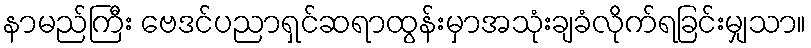
နာမည်ကြီး ဗေဒင်ပညာရှင်ဆရာထွန်းမှာအသုံးချခံလိုက်ရခြင်းမျှသာ။